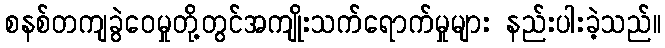
စနစ်တကျခွဲဝေမှုတို့တွင်အကျိုးသက်ရောက်မှုများ နည်းပါးခဲ့သည်။